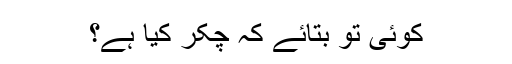
کوئی تو بتائے کہ چکر کیا ہے؟